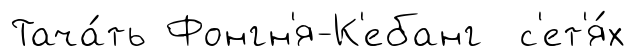
Тача́ть Фонгн'я-К'ебанг с'ет'я́х